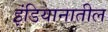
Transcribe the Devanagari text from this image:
इंडियानातील